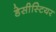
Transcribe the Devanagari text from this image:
डेसीस्टियर